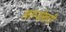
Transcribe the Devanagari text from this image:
लाम्पोखरी